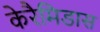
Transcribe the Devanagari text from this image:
केरैमिडास